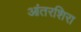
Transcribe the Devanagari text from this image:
आंतरशिरा